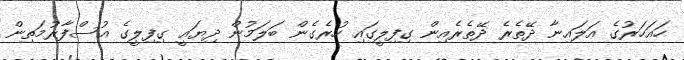
ހައަހަރުގެ އަލައިނާ ދޭތެރެ ދޭތެރެއިން ގިފިލީގައި ހުރެގެން ބަލަމުން ދިޔައީ ގިފިލީގެ އުސްފާރުމަތިން